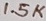
Text: 1.5K